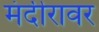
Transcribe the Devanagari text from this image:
मंदीरावर